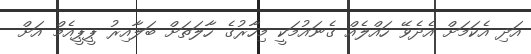
އަދި އެކަމަށް އެދެވޭ ހައްލެއް ގެނައުމަކީ މިހާރުގެ ހާލަތަށް ބަލާއިރު ޕީޕީއެމް އަށް